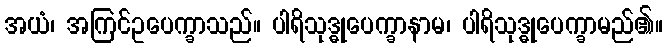
အယံ၊ အကြင်ဥပေက္ခာသည်။ ပါရိသုဒ္ဓုပေက္ခာနာမ၊ ပါရိသုဒ္ဓုပေက္ခာမည်၏။